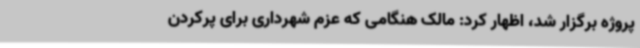
پروژه برگزار شد، اظهار کرد: مالک هنگامی که عزم شهرداری برای پرکردن